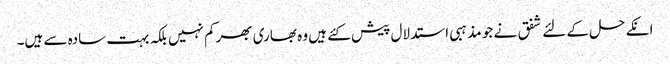
انکے حل کے لئے شفق نے جو مذہبی استدلال پیش کئے ہیں وہ بھاری بھرکم نہیں بلکہ بہت سادہ سے ہیں۔